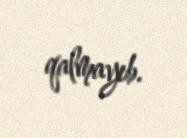
qalmayıb.